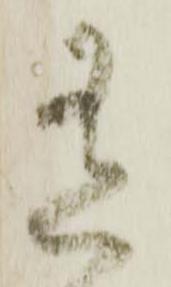
有